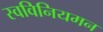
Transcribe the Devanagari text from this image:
स्वविनियमन